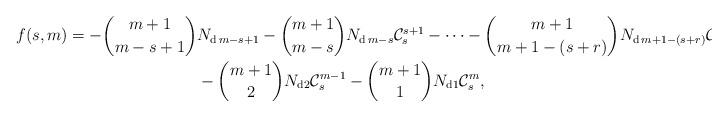
LaTeX: \begin{align*}f(s,m)=-\binom{m+1}{m-s+1}&N_{\mathrm{d}\,m-s+1} - \binom{m+1}{m-s}N_{\mathrm{d}\,m-s}\mathcal{C}_{s}^{s+1}-\cdots- \binom{m+1}{m+1-(s+r)}N_{\mathrm{d}\,m+1-(s+r)}\mathcal{C}_{s}^{s+r}-\cdots\\ &-\binom{m+1}{2}N_{\mathrm{d}2}\mathcal{C}_{s}^{m-1}-\binom{m+1}{1}N_{\mathrm{d}1}\mathcal{C}_{s}^{m},\end{align*}